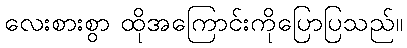
လေးစားစွာ ထိုအကြောင်းကိုပြောပြသည်။